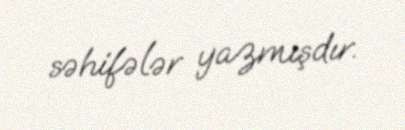
səhifələr yazmışdır.